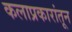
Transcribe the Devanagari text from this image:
कलाप्रकारांतून